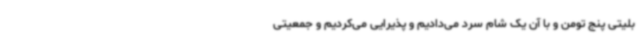
بلیتی پنج تومن و با آن یک شام سرد می‌دادیم و پذیرایی می‌کردیم و جمعیتی